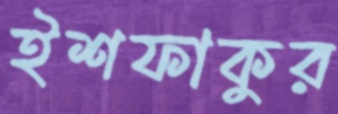
ইশফাকুর